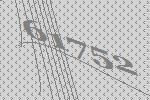
61752